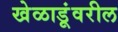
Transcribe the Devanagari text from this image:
खेळाडूंवरील